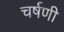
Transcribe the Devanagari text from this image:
चर्षणी